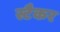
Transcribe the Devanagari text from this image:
स्टैकर